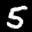
Label: 5